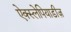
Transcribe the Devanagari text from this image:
ऐक्स्लेपियाडीज़